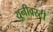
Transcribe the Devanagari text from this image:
यूनीवस्र्टी